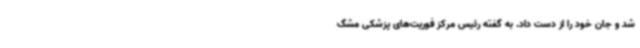
شد و جان خود را از دست داد. به گفته رئیس مرکز فوریت‌های پزشکی مشگ